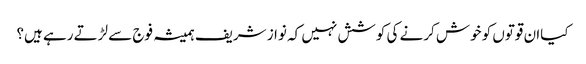
کیاان قوتوں کو خوش کرنے کی کوشش نہیں کہ نواز شریف ہمیشہ فوج سے لڑتے رہے ہیں؟